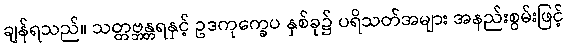
ချန်ရသည်။ သတ္တဗ္ဘန္တရနှင့် ဥဒကုက္ခေပ နှစ်ခု၌ ပရိသတ်အများ အနည်းစွမ်းဖြင့်